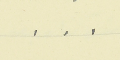
.    .    .